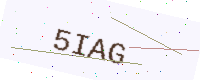
Text: 5IAG